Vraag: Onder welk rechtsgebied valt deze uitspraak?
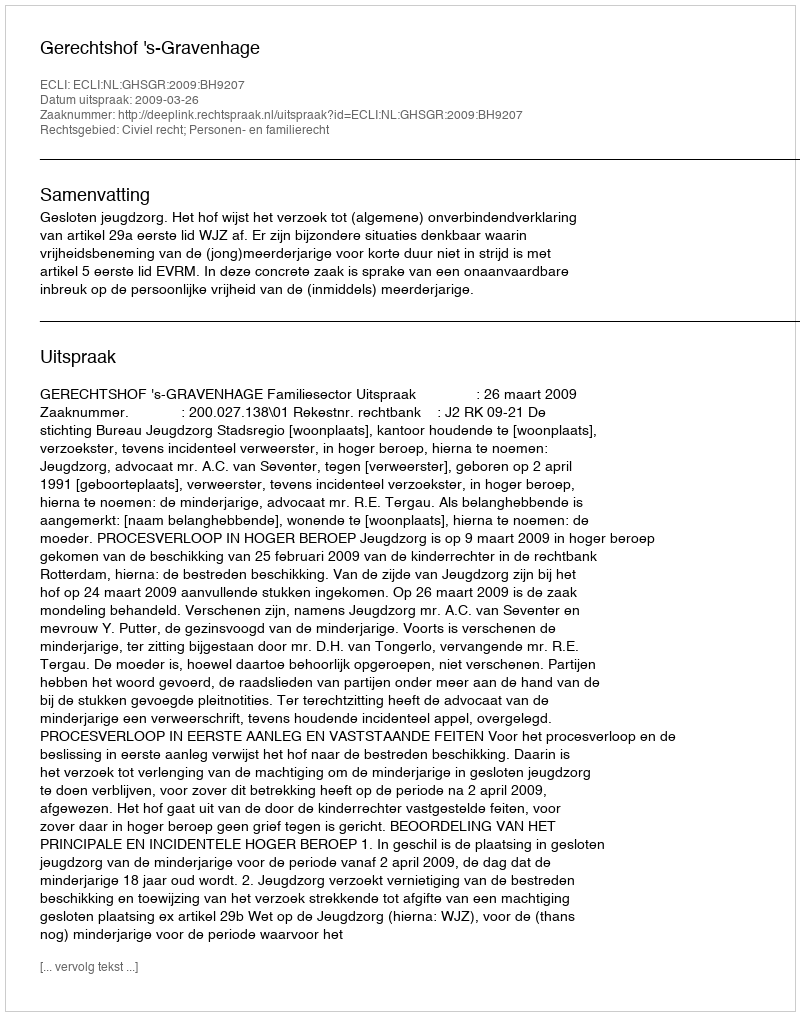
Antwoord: Civiel recht; Personen- en familierecht